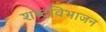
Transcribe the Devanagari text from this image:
शब्दविभाजन